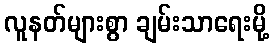
လူနတ်များစွာ ချမ်းသာရေးမို့